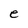
Character: e